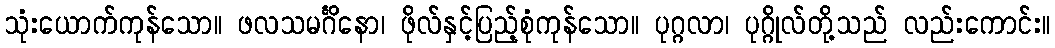
သုံးယောက်ကုန်သော။ ဖလသမင်္ဂိနော၊ ဖိုလ်နှင့်ပြည့်စုံကုန်သော။ ပုဂ္ဂလာ၊ ပုဂ္ဂိုလ်တို့သည် လည်းကောင်း။